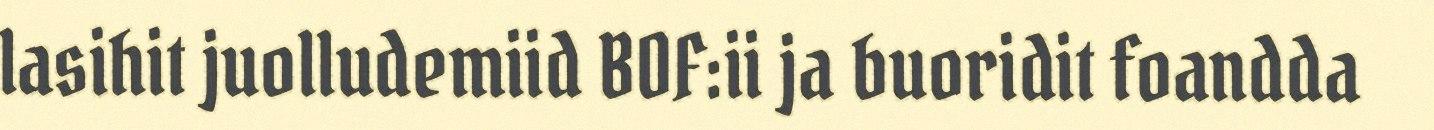
lasihit juolludemiid BOF:ii ja buoridit foandda